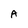
Character: A